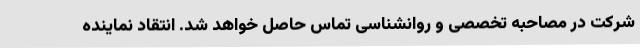
شرکت در مصاحبه تخصصی و روانشناسی تماس حاصل خواهد شد. انتقاد نماینده